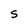
Character: S